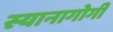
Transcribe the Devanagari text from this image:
स्यानागोगी